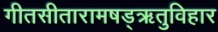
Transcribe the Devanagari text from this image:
गीतसीतारामषड्ऋतुविहार